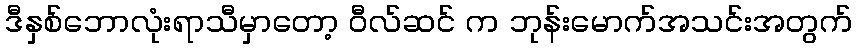
ဒီနှစ်ဘောလုံးရာသီမှာတော့ ဝီလ်ဆင် က ဘုန်းမောက်အသင်းအတွက်